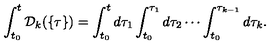
\int _ { t _ { 0 } } ^ { t } { \cal D } _ { k } ( \{ \tau \} ) = \int _ { t _ { 0 } } ^ { t } d \tau _ { 1 } \int _ { t _ { 0 } } ^ { \tau _ { 1 } } d \tau _ { 2 } \cdots \int _ { t _ { 0 } } ^ { \tau _ { k - 1 } } d \tau _ { k } .